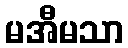
မအီမသာ